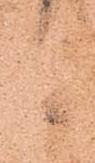
候